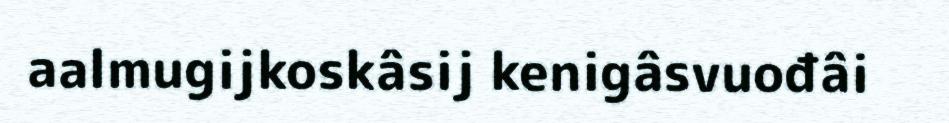
aalmugijkoskâsij kenigâsvuođâi